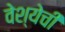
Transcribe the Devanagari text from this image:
वेश्येची